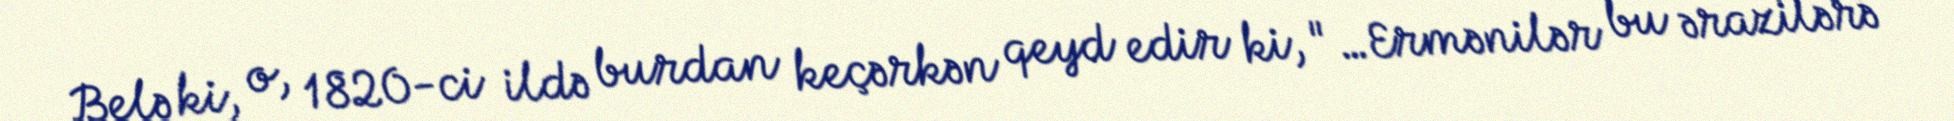
Belə ki, o, 1820-ci ildə burdan keçərkən qeyd edir ki, "…Ermənilər bu ərazilərə